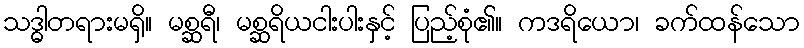
သဒ္ဓါတရားမရှိ။ မစ္ဆရီ၊ မစ္ဆရိယငါးပါးနှင့် ပြည့်စုံ၏။ ကဒရိယော၊ ခက်ထန်သော